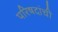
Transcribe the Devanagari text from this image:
परिषदांची